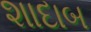
શાદાબ